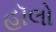
હૉલો